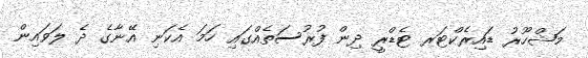
މަޝްހޫރު ޑައިރެކްޓަރ ޓެޑްރީ ދިން ފުރުސަތެއްގައި ހަމަ އެކަނި އޭނާގެ ދެ ލަވައިން